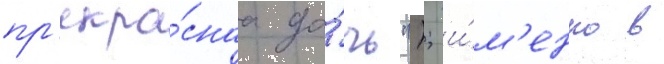
пр'екра́снаа до́чь"); и́м'енно в